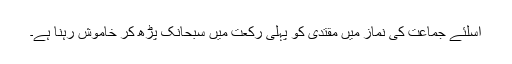
اسلئے جماعت کی نماز میں مقتدی کو پہلی رکعت میں سبحانک پڑھ کر خاموش رہنا ہے۔